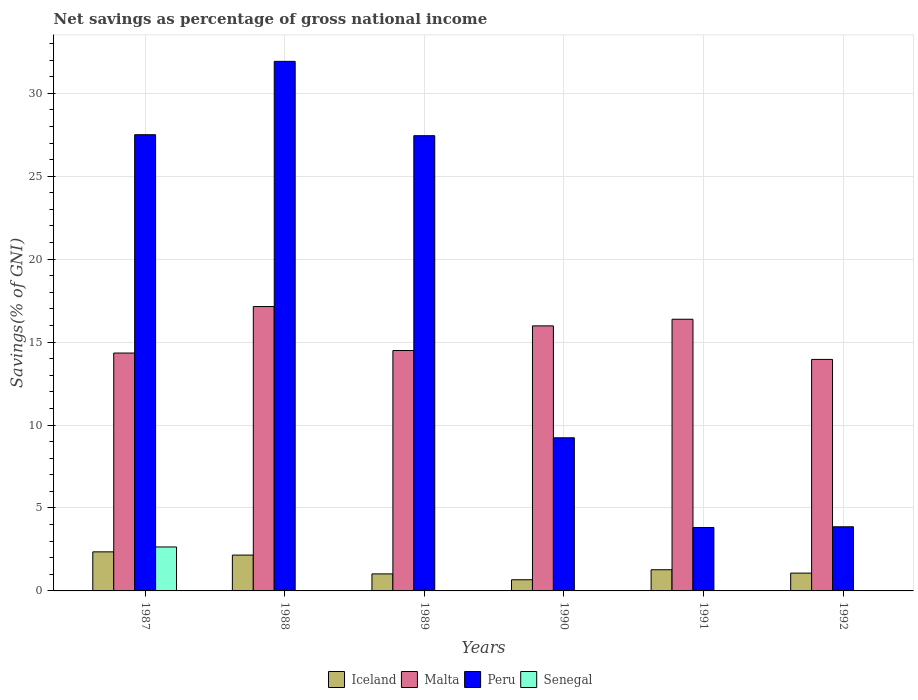
| Years | Iceland | Malta | Peru | Senegal |
 | --- | --- | --- | --- | --- |
 | 1987 | 2.36 | 14.3 | 27.5 | 2.65 |
 | 1988 | 2.16 | 17.1 | 31.9 | -1.03 |
 | 1989 | 1.03 | 14.5 | 27.4 | -2.05 |
 | 1990 | 0.673 | 16 | 9.23 | -2.23 |
 | 1991 | 1.28 | 16.4 | 3.82 | -2.38 |
 | 1992 | 1.07 | 14 | 3.87 | -1.97 |